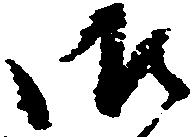
御